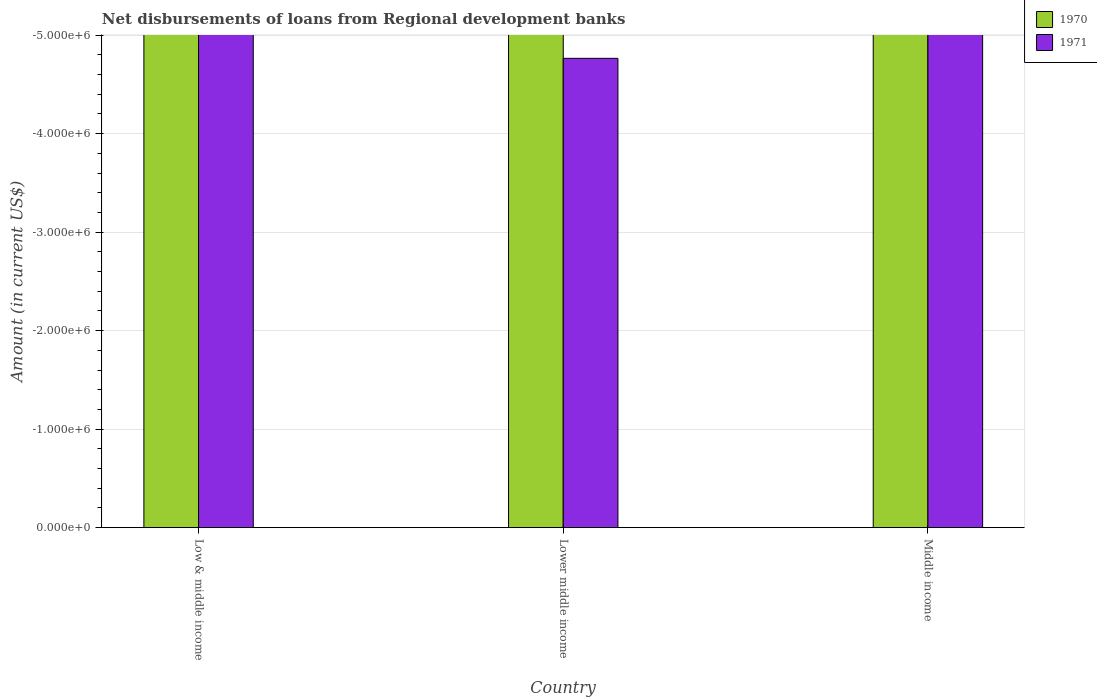
| Country | 1970 | 1971 |
 | --- | --- | --- |
 | Low & middle income | -2.02e+08 | -1.57e+07 |
 | Lower middle income | -2.02e+08 | -4.76e+06 |
 | Middle income | -2.02e+08 | -1.22e+07 |